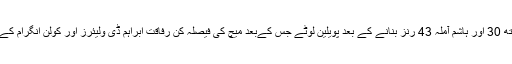
بہرحال، گریم اسمتھ 30 اور ہاشم آملہ 43 رنز بنانے کے بعد پویلین لوٹے جس کےبعد میچ کی فیصلہ کن رفاقت ابراہم ڈی ولیئرز اور کولن انگرام کے درمیان قائم ہوئی۔